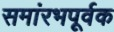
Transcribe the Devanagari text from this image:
समांरभपूर्वक